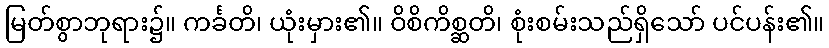
မြတ်စွာဘုရား၌။ ကင်္ခတိ၊ ယုံးမှား၏။ ဝိစိကိစ္ဆတိ၊ စုံးစမ်းသည်ရှိသော် ပင်ပန်း၏။